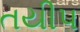
તયીપ